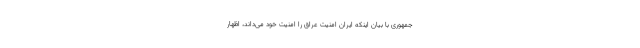
جمهوری با بیان اینکه ایران امنیت عراق را امنیت خود می‌داند، اظهار